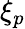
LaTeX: \xi_{p}